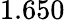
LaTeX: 1.650